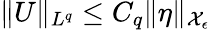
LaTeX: \| U\| _{L^{q}}\le C_{q}\| \eta\| _{\mathcal{X}_{\epsilon}}